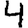
Digit: 4